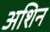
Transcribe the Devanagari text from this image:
अशिन